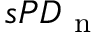
s P D _ { \mathrm { ~ n ~ } }